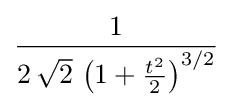
{\frac {1}{2\,{\sqrt {2}}\,\left(1+{\frac {t^{2}}{2}}\right)^{3/2}}}